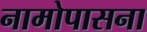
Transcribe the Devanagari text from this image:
नामोपासना